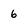
Character: 6